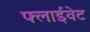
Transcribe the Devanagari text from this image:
फ्लाईवेट